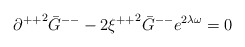
\begin{align*}{\partial ^{++}}^{2}{\bar G}^{--}-2{\xi^{++}}^{2}{\bar G}^{--} e^{2\lambda\omega}=0\\\end{align*}